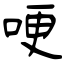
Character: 哽